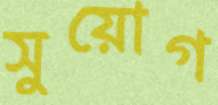
সুয়োগ